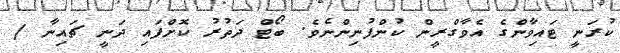
ކުރަނީ ޓައިވާންގެ އެވާގްރީން ކުންފުނިންނެވެ. ބޯޓް ދަތުރު ކޮށްފައި ދަނީ ޗައިނާ /